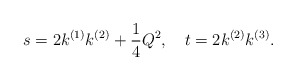
\begin{align*}s=2k^{(1)}k^{(2)}+\frac{1}{4}Q^2,~~~t=2k^{(2)}k^{(3)}.\end{align*}